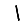
Digit: 1